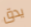
يدق